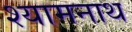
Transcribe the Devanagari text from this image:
श्यामनाथ